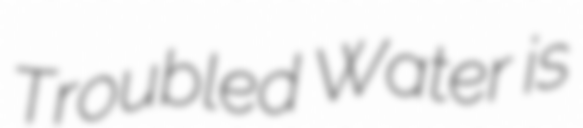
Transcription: Troubled Water is